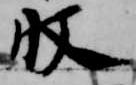
収